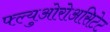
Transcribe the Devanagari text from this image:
फ्ल्युओरोअसिटेट